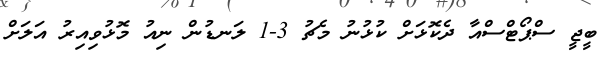
ބީޖީ ސްޕޯޓްސްއާ ދެކޮޅަށް ކުޅުނު މެޗު 3-1 ލަނޑުން ނިއު މޮޅުވިއިރު އަލަށް